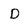
Character: D